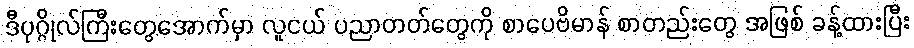
ဒီပုဂ္ဂိုလ်ကြီးတွေအောက်မှာ လူငယ် ပညာတတ်တွေကို စာပေဗိမာန် စာတည်းတွေ အဖြစ် ခန့်ထားပြီး